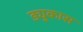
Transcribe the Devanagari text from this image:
ड्युकास